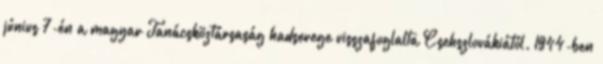
június 7-én a magyar Tanácsköztársaság hadserege visszafoglalta Csehszlovákiától. 1944-ben